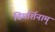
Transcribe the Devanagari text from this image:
विमर्शिनाम्